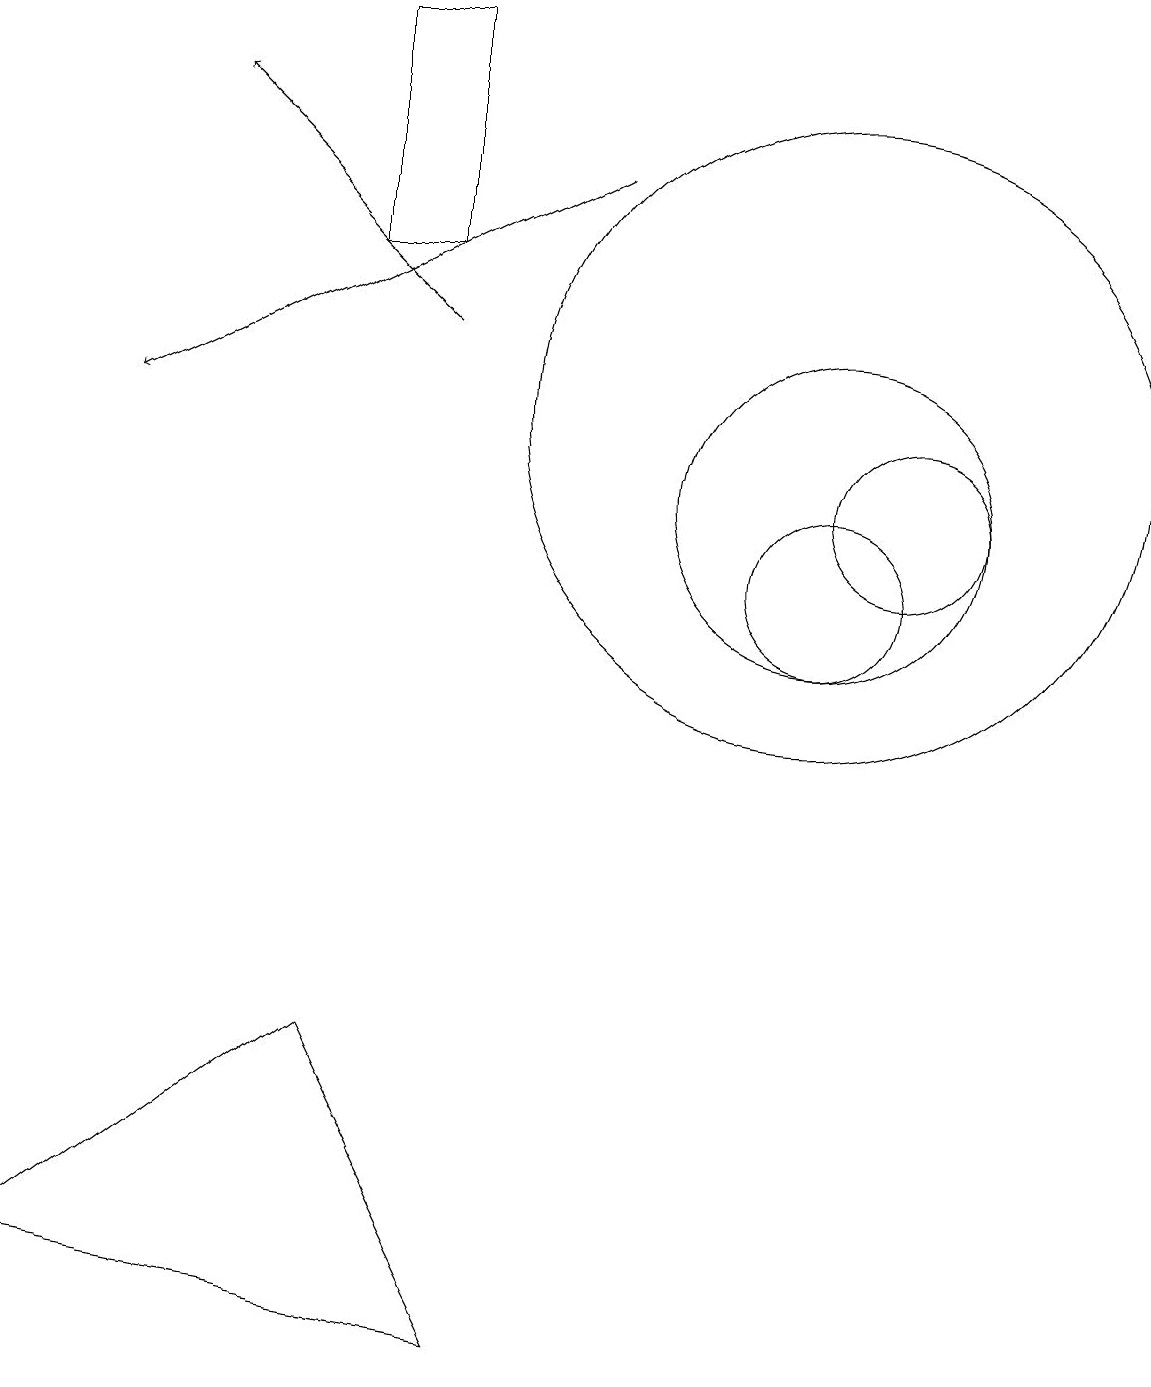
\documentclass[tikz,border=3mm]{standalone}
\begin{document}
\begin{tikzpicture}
\draw (10,12) circle (4);
\draw (10,10) circle (1);
\draw (4,4) -- (6,0) -- (0,1) -- cycle;
\draw (10,11) circle (2);
\draw[->] (5,13) -- (2,16);
\draw (11,11) circle (1);
\draw[->] (7,15) -- (1,12);
\draw (4,17) rectangle (5,14);
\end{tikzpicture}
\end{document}